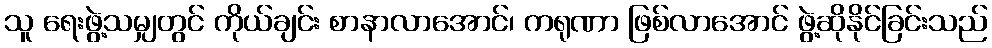
သူ ရေးဖွဲ့သမျှတွင် ကိုယ်ချင်း စာနာလာအောင်၊ ကရုဏာ ဖြစ်လာအောင် ဖွဲ့ဆိုနိုင်ခြင်းသည်